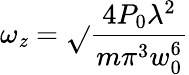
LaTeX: \omega_{\mathit{z}}={\sqrt{}{{\frac{{4P_{0}\lambda^{2}}}{{m\pi^{3}w_{0}^{6}}}}}}